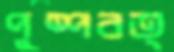
পুষ্পবত্